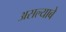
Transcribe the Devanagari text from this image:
असल्याबे